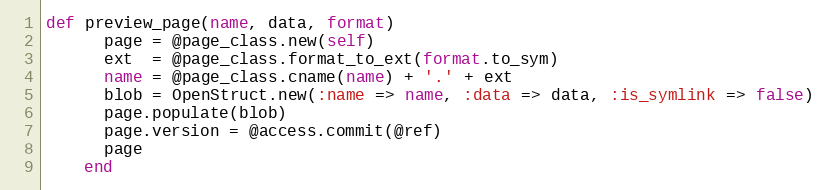
Language: Ruby
def preview_page(name, data, format)
      page = @page_class.new(self)
      ext  = @page_class.format_to_ext(format.to_sym)
      name = @page_class.cname(name) + '.' + ext
      blob = OpenStruct.new(:name => name, :data => data, :is_symlink => false)
      page.populate(blob)
      page.version = @access.commit(@ref)
      page
    end